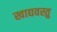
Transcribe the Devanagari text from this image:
खाद्यवस्तु